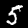
Digit: 5